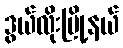
ဒွယ်လိုးမြို့နယ်